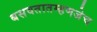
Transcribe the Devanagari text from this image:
बसवतातम्हणजेच